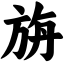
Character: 旃